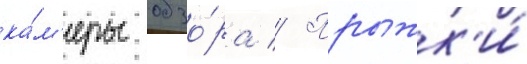
ка́м'еры обзо́ра // Прыжк'и́